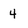
Character: 4